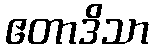
ဧတာဒိသာ